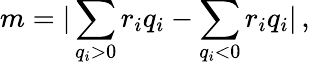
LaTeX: m=|\sum_{q_{i}>0}r_{i}q_{i}-\sum_{q_{i}<0}r_{i}q_{i}|\, ,